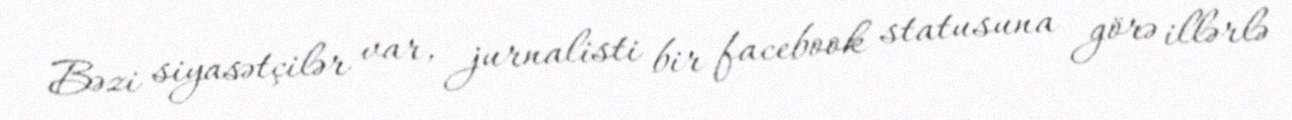
Bəzi siyasətçilər var, jurnalisti bir facebook statusuna görə illərlə